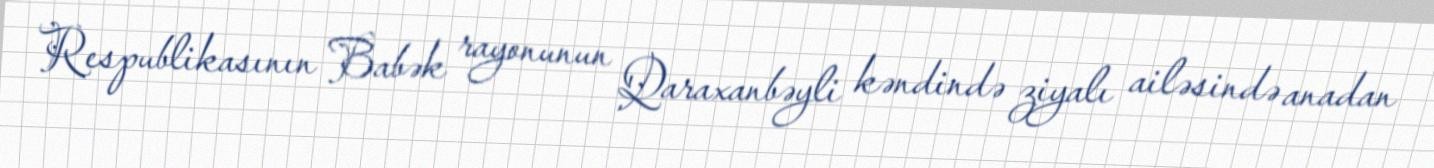
Respublikasının Babək rayonunun Qaraxanbəyli kəndində ziyalı ailəsində anadan